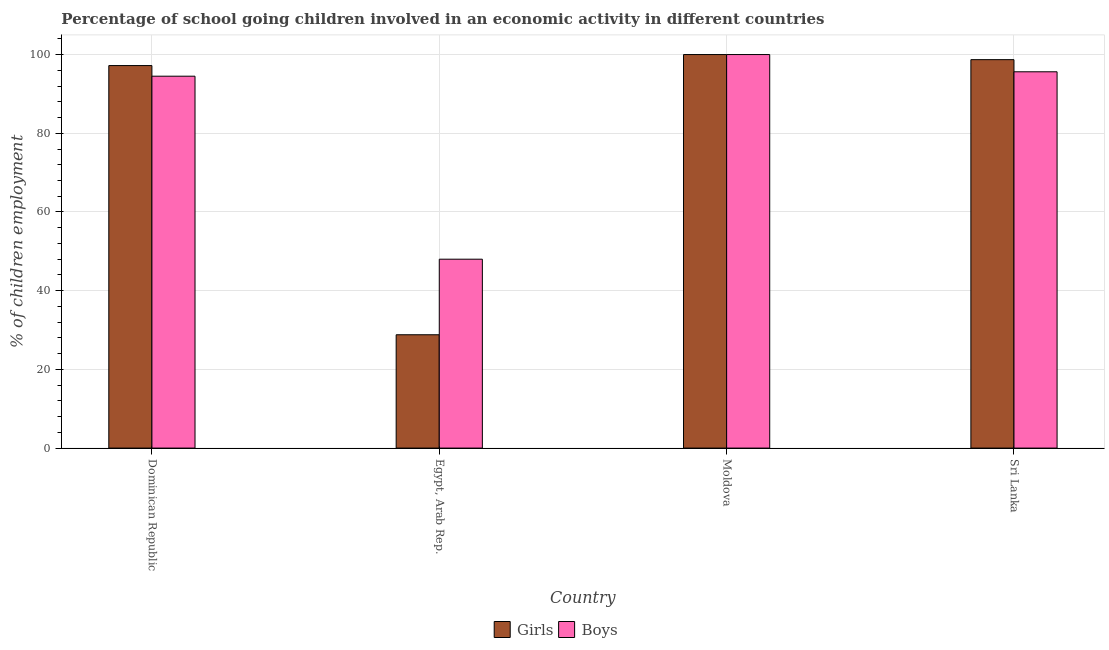
| Country | Girls | Boys |
 | --- | --- | --- |
 | Dominican Republic | 97.2 | 94.5 |
 | Egypt, Arab Rep. | 28.8 | 48 |
 | Moldova | 100 | 100 |
 | Sri Lanka | 98.7 | 95.6 |